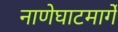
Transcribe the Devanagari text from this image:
नाणेघाटमार्गे